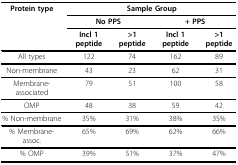
<table><thead><tr><td><b>Protein type</b></td><td colspan="4"><b>Sample Group</b></td></tr><tr><td></td><td colspan="2"><b>No PPS</b></td><td colspan="2"><b>+ PPS</b></td></tr><tr><td></td><td><b>Incl 1 peptide</b></td><td><b>&gt;1 peptide</b></td><td><b>Incl 1 peptide</b></td><td><b>&gt;1 peptide</b></td></tr></thead><tbody><tr><td>All types</td><td>122</td><td>74</td><td>162</td><td>89</td></tr><tr><td>Non-membrane</td><td>43</td><td>23</td><td>62</td><td>31</td></tr><tr><td>Membrane-associated</td><td>79</td><td>51</td><td>100</td><td>58</td></tr><tr><td>OMP</td><td>48</td><td>38</td><td>59</td><td>42</td></tr><tr><td>% Non-membrane</td><td>35%</td><td>31%</td><td>38%</td><td>35%</td></tr><tr><td>% Membrane-assoc.</td><td>65%</td><td>69%</td><td>62%</td><td>66%</td></tr><tr><td>% OMP</td><td>39%</td><td>51%</td><td>37%</td><td>47%</td></tr></tbody></table>